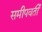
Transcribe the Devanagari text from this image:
समीपवर्तीं